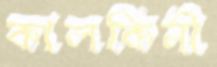
কালকিনী